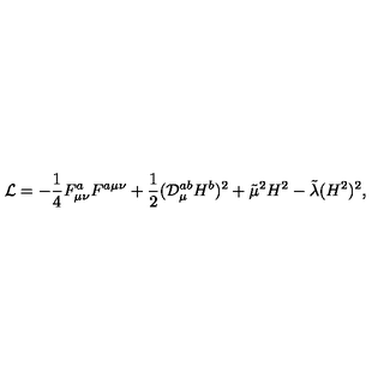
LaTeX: { \cal L } = - \frac { 1 } { 4 } F _ { \mu \nu } ^ { a } F ^ { a \mu \nu } + \frac { 1 } { 2 } ( { \cal D } _ { \mu } ^ { a b } H ^ { b } ) ^ { 2 } + \tilde { \mu } ^ { 2 } H ^ { 2 } - \tilde { \lambda } ( H ^ { 2 } ) ^ { 2 } ,